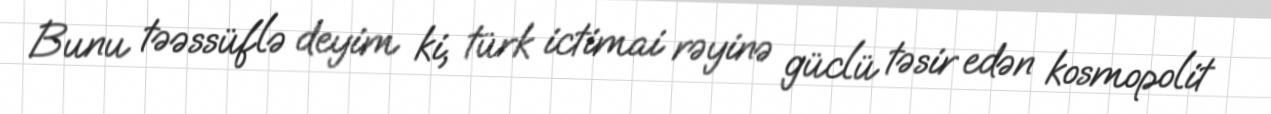
Bunu təəssüflə deyim ki, türk ictimai rəyinə güclü təsir edən kosmopolit